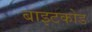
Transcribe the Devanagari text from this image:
बाइटकोड